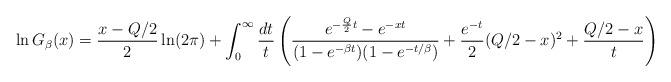
LaTeX: \begin{align*} && \ln G_\beta(x) = \frac{x-Q/2}{2} \ln (2 \pi) + \int_0^\infty \frac{dt}{t} \left( \frac{e^{- \frac{Q}{2} t} - e^{- x t}}{(1-e^{-\beta t})(1-e^{-t/\beta})}+\frac{e^{-t}}{2} (Q/2-x)^2 + \frac{Q/2-x}{t} \right)\end{align*}